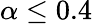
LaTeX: \alpha\le 0.4